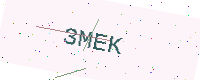
Text: 3MEK